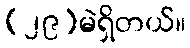
(၂၉)မဲရှိတယ်။